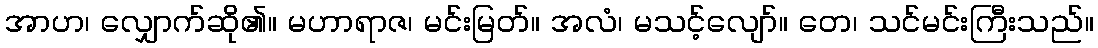
အာဟ၊ လျှောက်ဆို၏။ မဟာရာဇ၊ မင်းမြတ်။ အလံ၊ မသင့်လျော်။ တေ၊ သင်မင်းကြီးသည်။